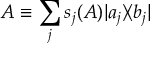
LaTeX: A \equiv \sum _ { j } s _ { j } ( A ) | a _ { j } \rangle \! \langle b _ { j } |